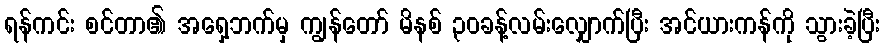
ရန်ကင်း စင်တာ၏ အရှေ့ဘက်မှ ကျွန်တော် မိနစ် ၃၀ခန့်လမ်းလျှောက်ပြီး အင်ယားကန်ကို သွားခဲ့ပြီး